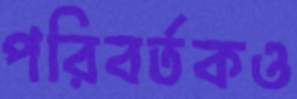
পরিবর্তকও